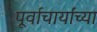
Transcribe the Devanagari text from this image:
पूर्वाचार्यांच्या